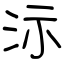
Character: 沶